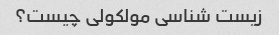
زیست شناسی مولکولی چیست؟